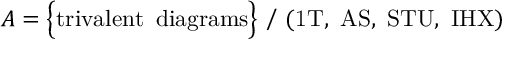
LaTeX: { \cal A } = \Big \{ \mathrm { t r i v a l e n t \, \, \, d i a g r a m s } \Big \} \, \, \Big / \, \, \mathrm { ( 1 T , \, \, A S , \, \, S T U , \, \, I H X ) }